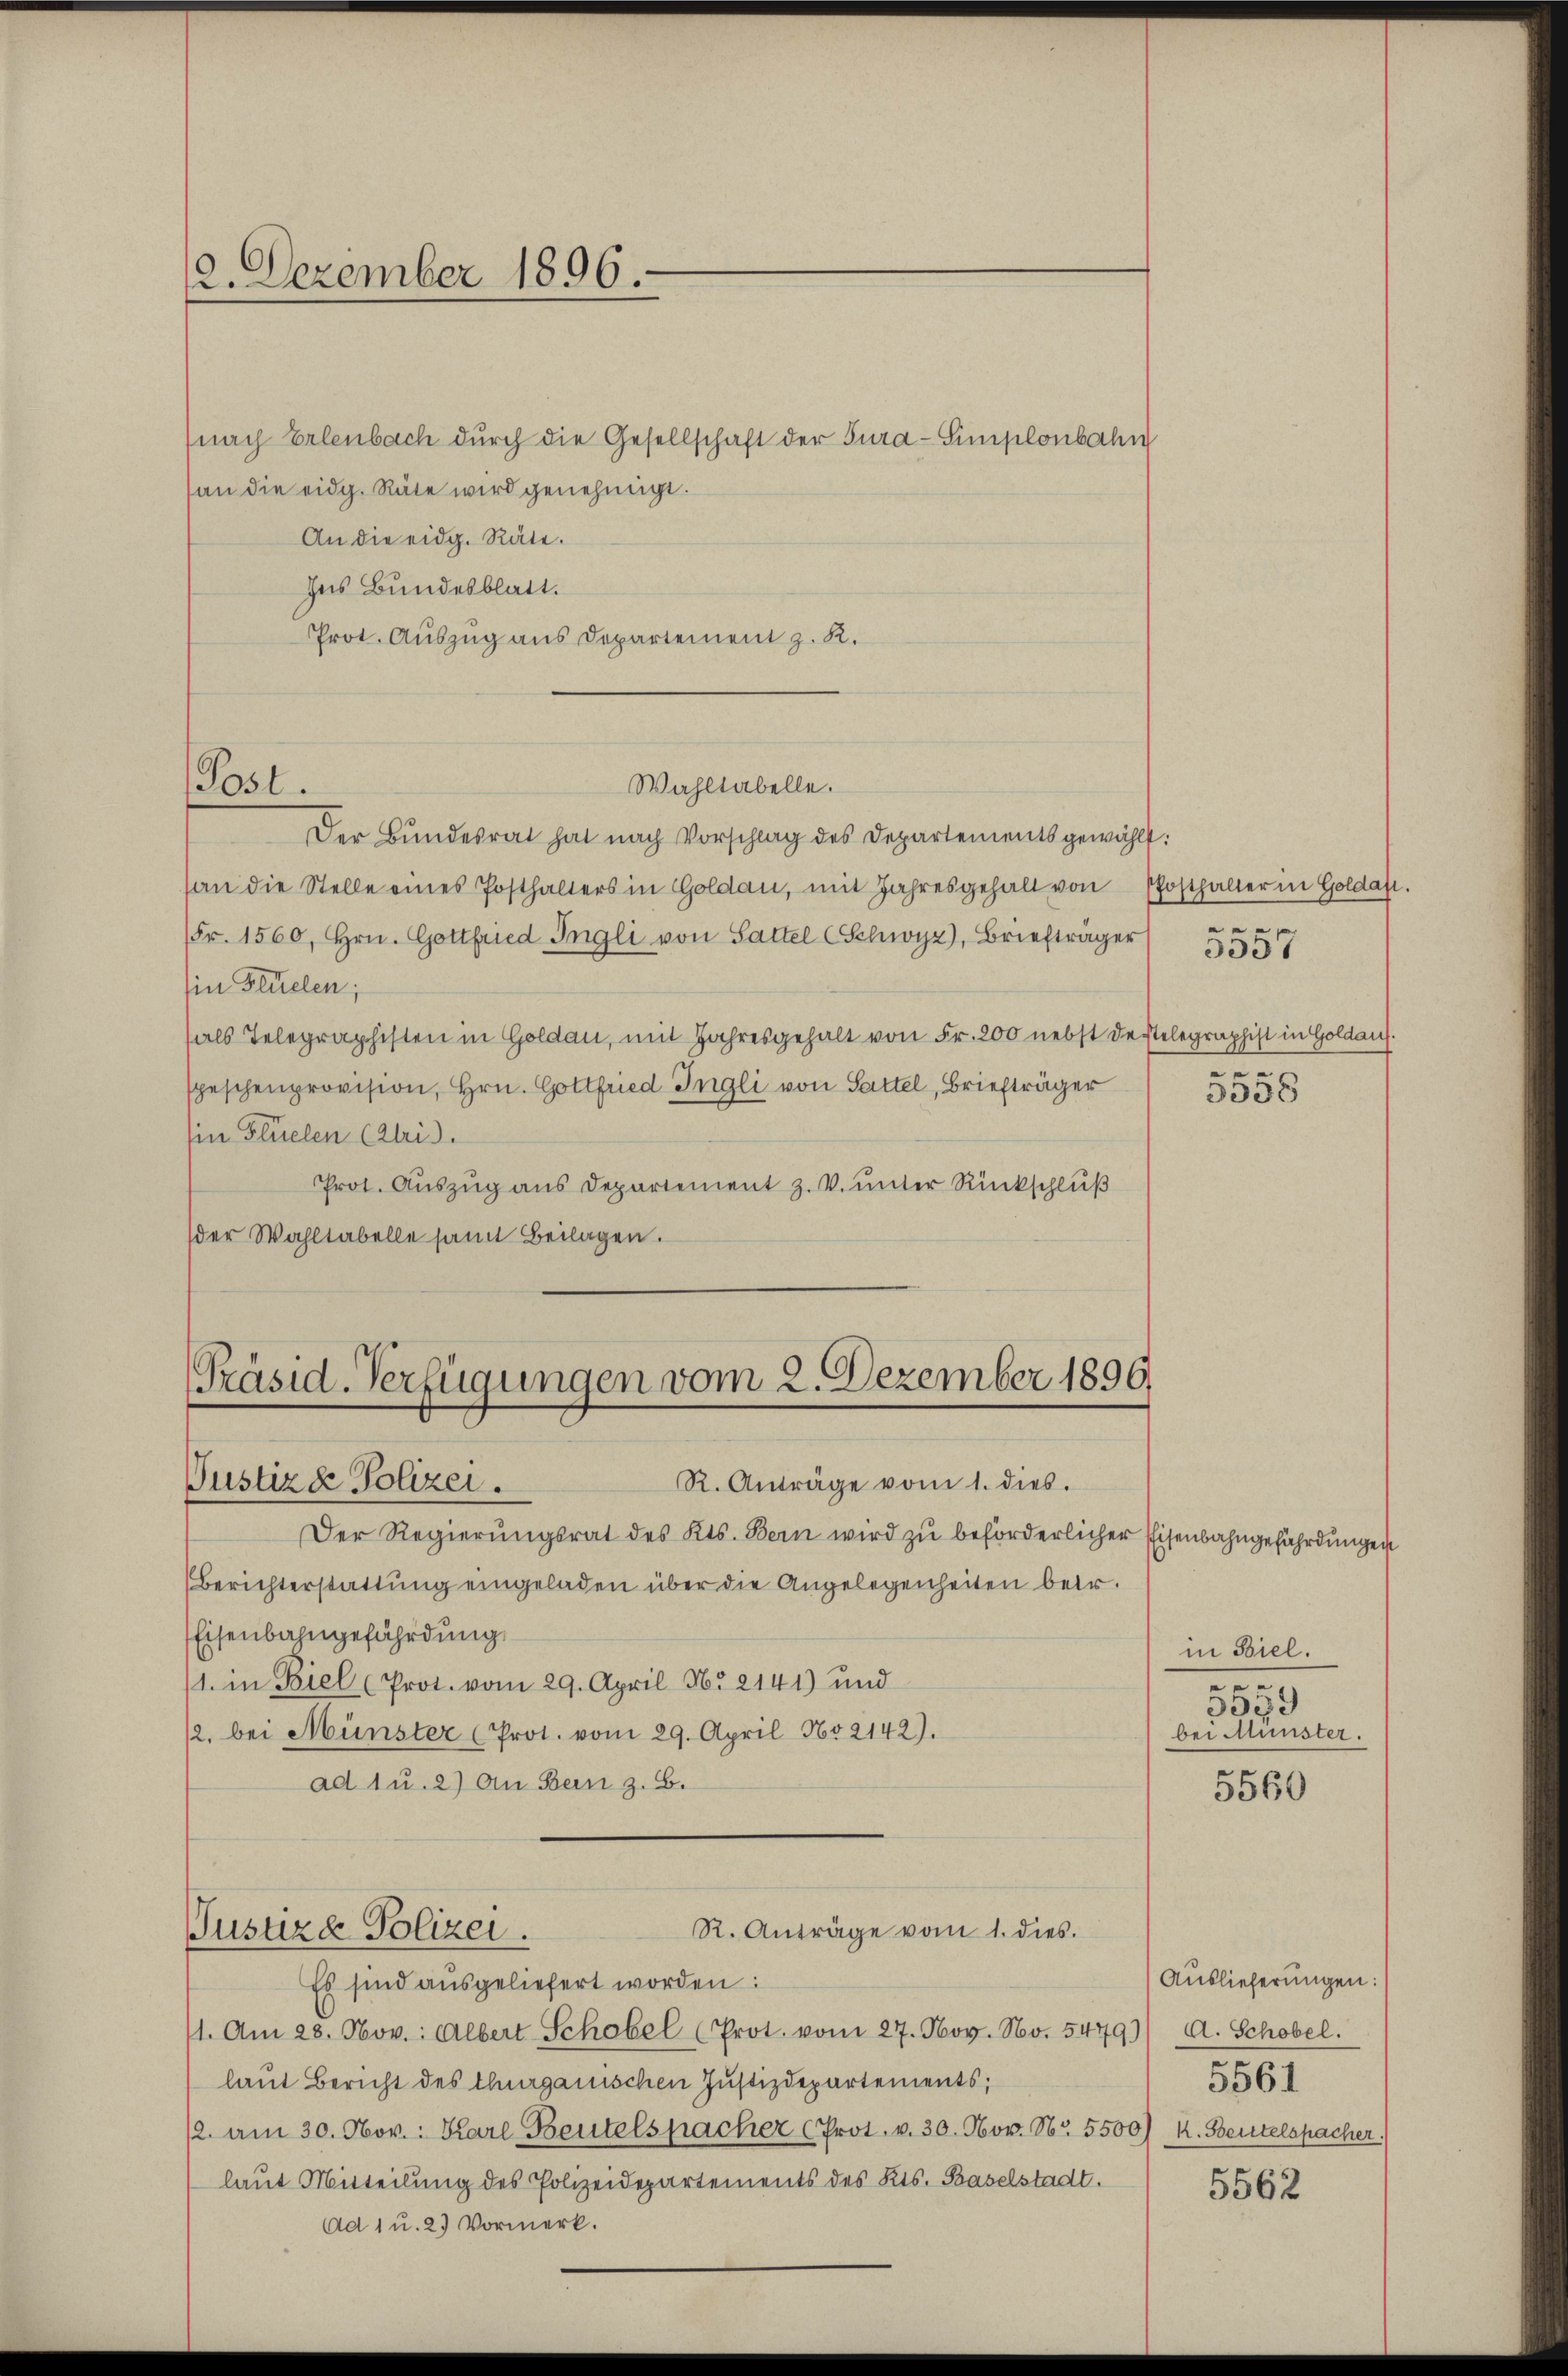
2. Dezember 1896.

nach Erlenbach durch die Gesellschaft der Tura-Simplonbahn
(an die eidg. Räte wird genehmigt.
An die eidg. Räte.
Ins Bundesblatt.
Prot. Auszug aus Departement z. K.
Der Bundesrat hat nach Vorschlag des Departementsgewählt:
(an die Stelle eines Posthalters in Goldau, mit Jahresgehalt von Posthalter in Goldas.
Fr. 1560, Hrn. Gottfried Ingli von Sattel (Schwyz), Briefträger
(in Flüelen;
als Telegraphisten in Goldau, mit Jahresgehalt von Fr. 200 nebst destelegraphist in Goldaus.
speschenprovision, Hrn. Gottfried Ingli von Sattel, Briefträger
Ein Flüelen Chris
Prot. Auszug aus Departement z. V. unter Rückschluß
der Wahltabelle samt Beilagen.

Post.

Wahltabelle.

[Präsid-Verfügungen vom 2. Dezember 1890
Pustizde Polizei.
R. Anträge vom 1. dies.

e
3358

Der Regierŭngsrat des Kts. Bern wird zu beförderlicher Eisenbahngefährdungen
Berichterstattung eingeladen über die Angelegenheiten betr.
Eisenbahngefährdung
(1. in Biel (Prot. vom 29. April Nr 2141) und
12. bei Münster (Prot. vom 29. April No 2142).
ad 1 u. 2) An Bern z. B.
R. Anträge vom 1. dies.
Justizd Polizei.
Es sind ausgeliefert worden:
11. Am 28. Nov.: Albert Schobel (Prot. vom 27. Nov. No. 5479) A. Schobel.
laut Bericht des Thurgauischen Justizdepartements;
12. am 30. Nov.: Karl Beutelspacher (Prot. v. 30. Nov. Nr. 5500) k. Beutelspacher.
laut Mitteilung des Polizeidepartements des Kts. Baselstadt.
Ad 1 u. 2. Vormerk.

3337

in Biel.
.
5539
bei Münster.

5560

Auslieferungen:
5561

5562